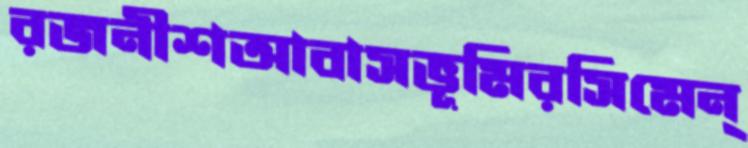
রজনীশআবাসভূমিরসিমেন্